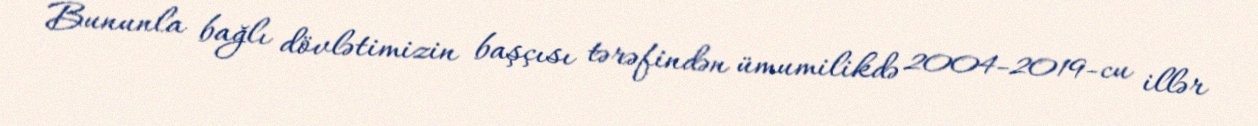
Bununla bağlı dövlətimizin başçısı tərəfindən ümumilikdə 2004-2019-cu illər